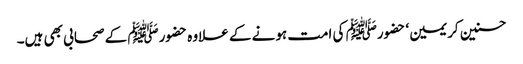
حسنین کریمین‘ حضورﷺ کی امت ہونے کے علاوہ حضورﷺ کے صحابی بھی ہیں۔